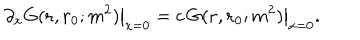
LaTeX: \left. \partial _ { x } G ( { \bf r } , { \bf r } _ { 0 } ; m ^ { 2 } ) \right| _ { x = 0 } = \left. c \, G ( { \bf r } , { \bf r } _ { 0 } ; m ^ { 2 } ) \right| _ { x = 0 } .